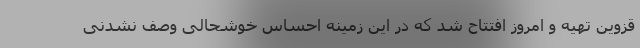
قزوین تهیه و امروز افتتاح شد که در این زمینه احساس خوشحالی وصف نشدنی